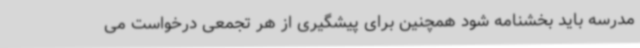
مدرسه باید بخشنامه شود همچنین برای پیشگیری از هر تجمعی درخواست می